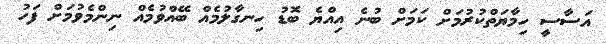
އަސާސީ ހިމާޔަތްކުރުމަށް ކަމަށް ބުނެ އިއްޔެ ބޮޑު ހިނގާލުމެއް ބޭއްވުމެއް ނިންމެވުމަށް ފަހު